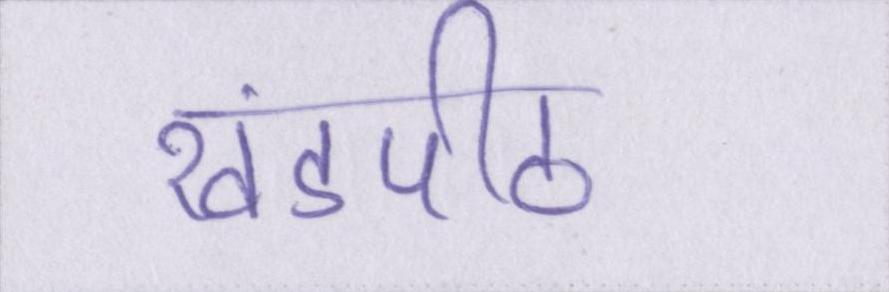
खंडपीठ